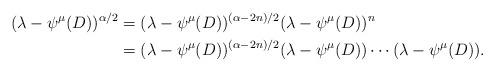
LaTeX: \begin{align*}(\lambda-\psi^{\mu}(D))^{\alpha/2}&=(\lambda-\psi^{\mu}(D))^{(\alpha-2n)/2}(\lambda-\psi^{\mu}(D))^{n}\\&=(\lambda-\psi^{\mu}(D))^{(\alpha-2n)/2}(\lambda-\psi^{\mu}(D)) \cdots (\lambda-\psi^{\mu}(D)).\end{align*}